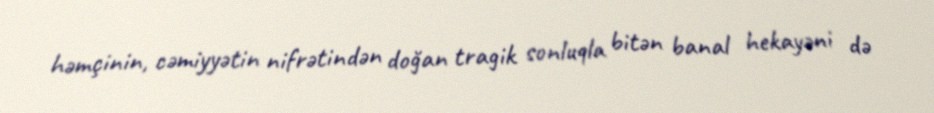
həmçinin, cəmiyyətin nifrətindən doğan tragik sonluqla bitən banal hekayəni də